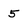
Character: 5